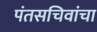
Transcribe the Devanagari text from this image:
पंतसचिवांचा